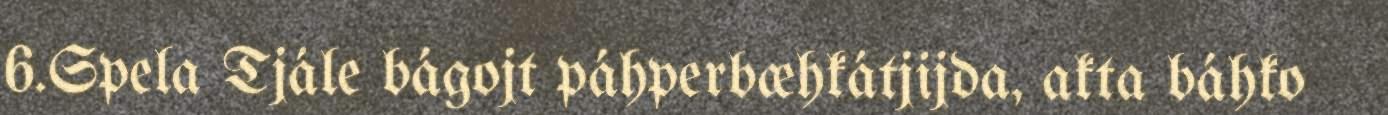
6.Spela Tjále bágojt páhperbæhkátjijda, akta báhko